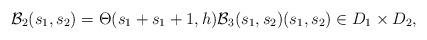
LaTeX: \begin{align*} \mathcal{B}_2(s_1,s_2) = \Theta(s_1+s_1+1,h) \mathcal{B}_3(s_1,s_2) (s_1,s_2) \in D_1 \times D_2,\end{align*}